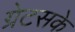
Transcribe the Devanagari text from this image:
ग्रेटसके